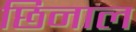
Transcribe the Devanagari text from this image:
छिनाल